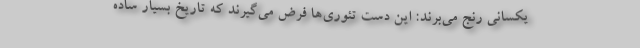
یکسانی رنج می‌برند: این دست تئوری‌ها فرض می‌گیرند که تاریخ بسیار ساده